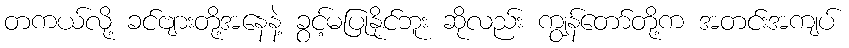
တကယ်လို့ ခင်ဗျားတို့အနေနဲ့ ခွင့်မပြုနိုင်ဘူး ဆိုလည်း ကျွန်တော်တို့က အတင်းအကျပ်